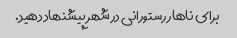
برای ناهار رستورانی در شهر پیشنهاد دهید.